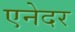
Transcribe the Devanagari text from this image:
एनेदर